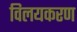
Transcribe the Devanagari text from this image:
विलयकरण